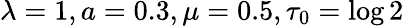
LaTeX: \lambda=1,a=0.3,\mu=0.5,\tau_{0}=\log 2